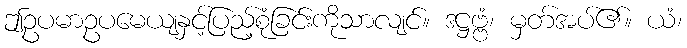
ဤဥပမာဥပမေယျနှင့်ပြည့်စုံခြင်းကိုသာလျင်။ ဒဋ္ဌဗ္ဗံ၊ မှတ်အပ်၏။ ယံ၊